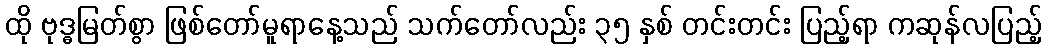
ထို ဗုဒ္ဓမြတ်စွာ ဖြစ်တော်မူရာနေ့သည် သက်တော်လည်း ၃၅ နှစ် တင်းတင်း ပြည့်ရာ ကဆုန်လပြည့်